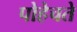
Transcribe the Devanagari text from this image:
पोहेचते